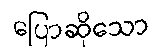
ပြောဆိုသော